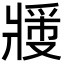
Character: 𬌉